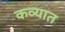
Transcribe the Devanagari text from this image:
कव्यात